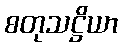
စတုသဋ္ဌိယာ